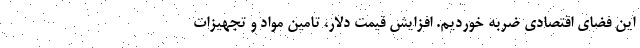
این فضای اقتصادی ضربه خوردیم. افزایش قیمت دلار، تامین مواد و تجهیزات